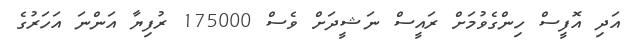
އަދި އޮފީސް ހިންގެވުމަށް ރައީސް ނަޝީދަށް ވެސް 175000 ރުފިޔާ އަންނަ އަހަރުގެ